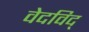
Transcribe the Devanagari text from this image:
वेदविद्